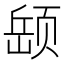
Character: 𫖵